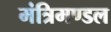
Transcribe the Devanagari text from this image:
मंत्रिमण्‍डल